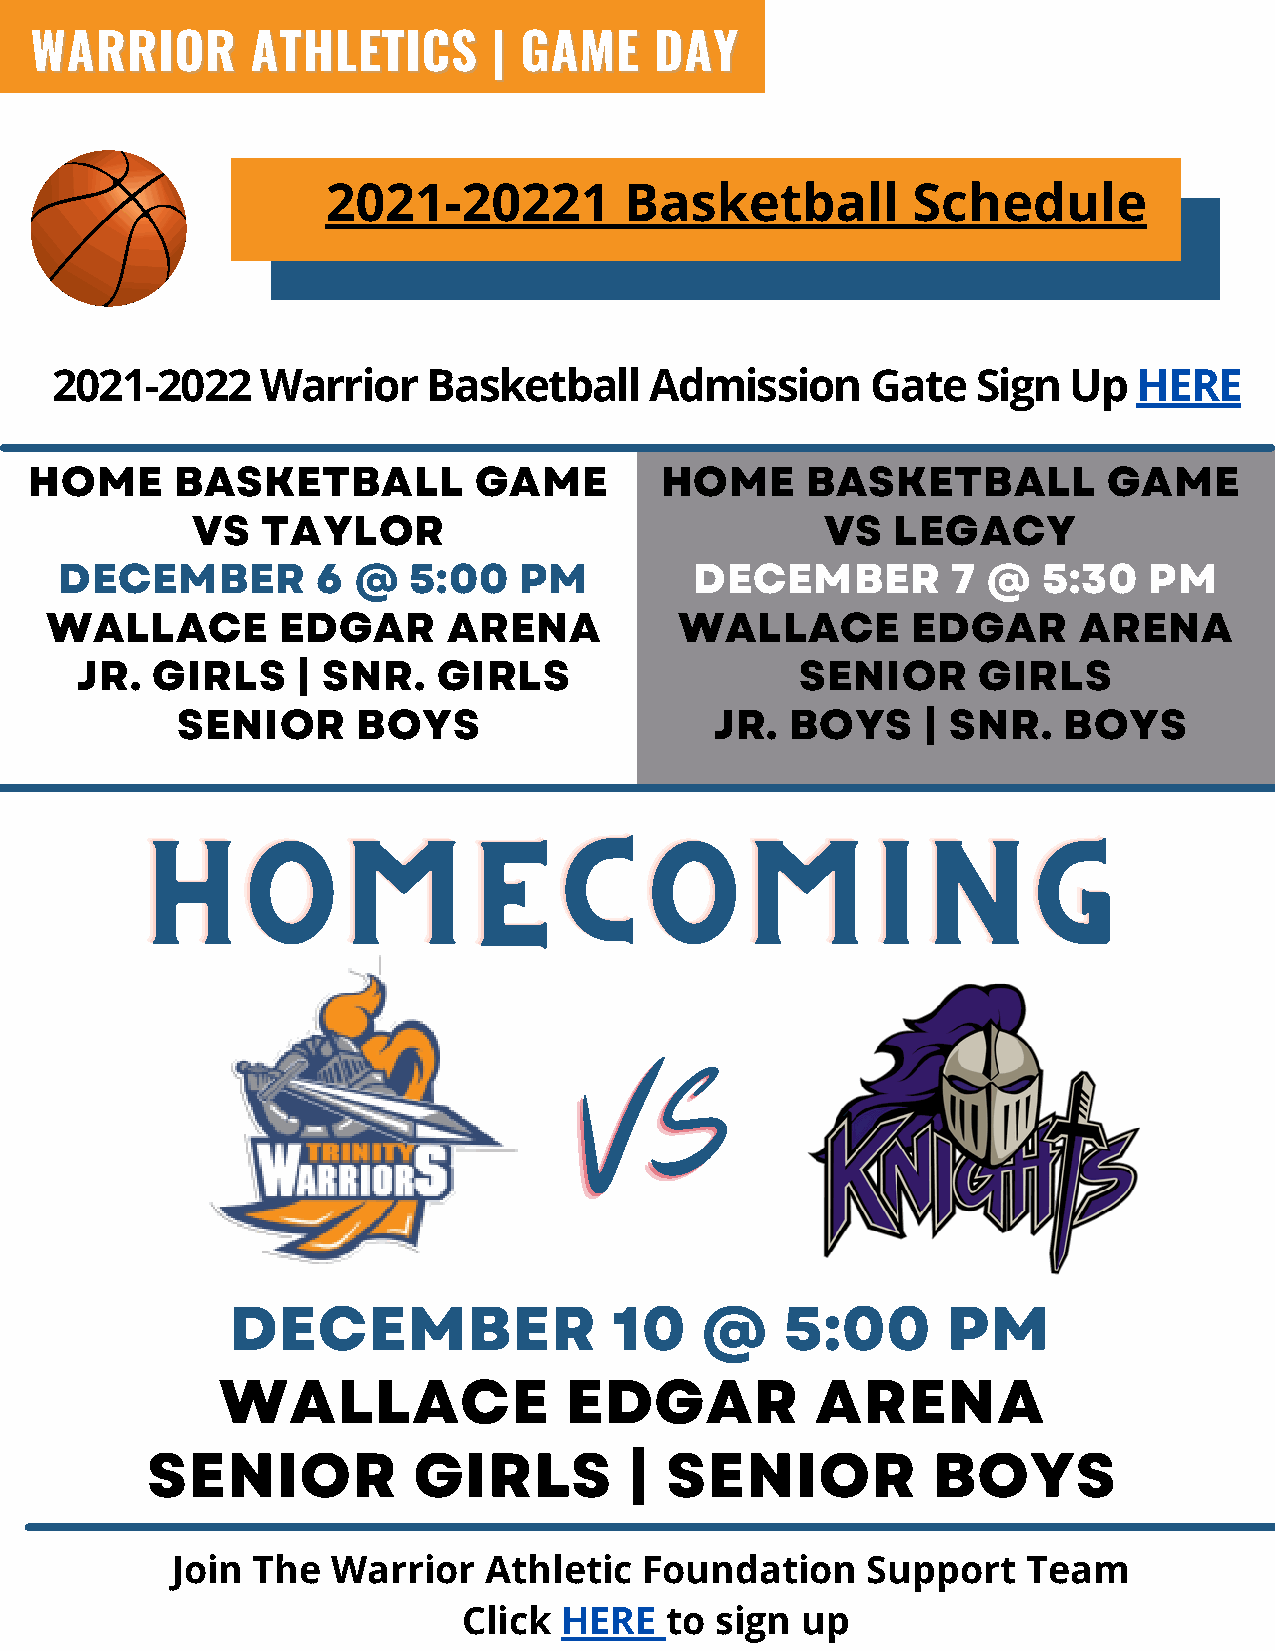
WWAARRRRIIOORR AATTHHLLEETTIICCSS || GGAAMMEE DDAAYY
 OCT. 2020 | VOL. 1
 2021-20221         Basketball         Schedule
 2021-2022     Warrior    Basketball     Admission      Gate   Sign  Up  HERE
 HOME      BASKETBALL         GAME         HOME     BASKETBALL          GAME
 VS  TAYLOR                                VS  LEGACY
 DECEMBER         6 @   5:00   PM          DECEMBER         7 @   5:30   PM
 WALLACE        EDGAR       ARENA          WALLACE        EDGAR      ARENA
 JR.  GIRLS     | SNR.   GIRLS                   SENIOR      GIRLS
 SENIOR      BOYS                   JR.  BOYS     | SNR.   BOYS
 HHHOOOMMMEEECCCOOOMMMIIINNNGGG
 VVV
 SSS
 DECEMBER                  10   @     5:00       PM
 WALLACE                EDGAR            ARENA
 SENIOR           GIRLS          | SENIOR            BOYS
 Join  The  Warrior   Athletic   Foundation    Support    Team
 Click HERE   to sign  up